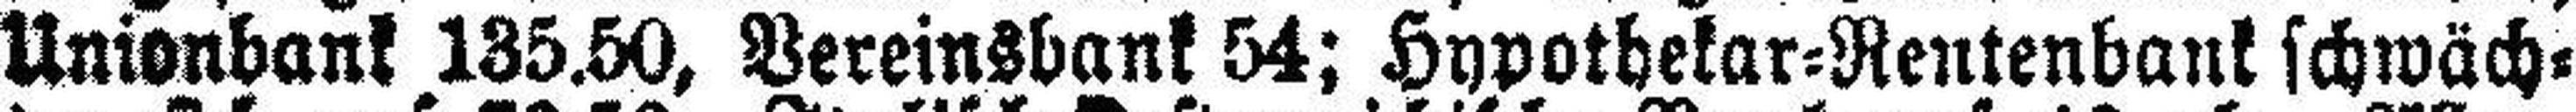
Unionbank 135.50, Vereinsbank 54; Hypothekar=Rentenbank schwäch¬